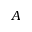
A